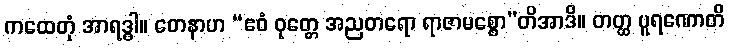
ကထေတုံ အာရဒ္ဓါ။ တေနာဟ “ဧဝံ ဝုတ္တေ အညတရော ရာဇာမစ္စော”တိအာဒိ။ တတ္ထ ပူရဏောတိ